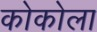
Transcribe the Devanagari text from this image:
कोकोला